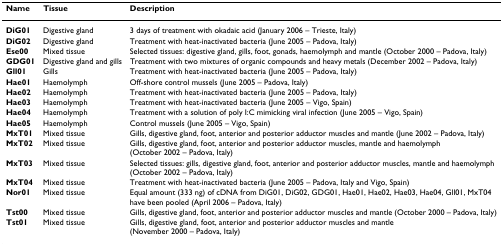
<table><thead><tr><td><b>Name</b></td><td><b>Tissue</b></td><td><b>Description</b></td></tr></thead><tbody><tr><td><b>DiG01</b></td><td>Digestive gland</td><td>3 days of treatment with okadaic acid (January 2006 – Trieste, Italy)</td></tr><tr><td><b>DiG02</b></td><td>Digestive gland</td><td>Treatment with heat-inactivated bacteria (June 2005 – Padova, Italy)</td></tr><tr><td><b>Ese00</b></td><td>Mixed tissue</td><td>Selected tissues: digestive gland, gills, foot, gonads, haemolymph and mantle (October 2000 – Padova, Italy)</td></tr><tr><td><b>GDG01</b></td><td>Digestive gland and gills</td><td>Treatment with two mixtures of organic compounds and heavy metals (December 2002 – Padova, Italy)</td></tr><tr><td><b>Gll01</b></td><td>Gills</td><td>Treatment with heat-inactivated bacteria (June 2005 – Padova, Italy)</td></tr><tr><td><b>Hae01</b></td><td>Haemolymph</td><td>Off-shore control mussels (June 2005 – Padova, Italy)</td></tr><tr><td><b>Hae02</b></td><td>Haemolymph</td><td>Treatment with heat-inactivated bacteria (June 2005 – Padova, Italy)</td></tr><tr><td><b>Hae03</b></td><td>Haemolymph</td><td>Treatment with heat-inactivated bacteria (June 2005 – Vigo, Spain)</td></tr><tr><td><b>Hae04</b></td><td>Haemolymph</td><td>Treatment with a solution of poly I:C mimicking viral infection (June 2005 – Vigo, Spain)</td></tr><tr><td><b>Hae05</b></td><td>Haemolymph</td><td>Control mussels (June 2005 – Vigo, Spain)</td></tr><tr><td><b>MxT01</b></td><td>Mixed tissue</td><td>Gills, digestive gland, foot, anterior and posterior adductor muscles and mantle (June 2002 – Padova, Italy)</td></tr><tr><td><b>MxT02</b></td><td>Mixed tissue</td><td>Gills, digestive gland, foot, anterior and posterior adductor muscles, mantle and haemolymph (October 2002 – Padova, Italy)</td></tr><tr><td><b>MxT03</b></td><td>Mixed tissue</td><td>Selected tissues: gills, digestive gland, foot, anterior and posterior adductor muscles, mantle and haemolymph (October 2002 – Padova, Italy)</td></tr><tr><td><b>MxT04</b></td><td>Mixed tissue</td><td>Treatment with heat-inactivated bacteria (June 2005 – Padova, Italy and Vigo, Spain)</td></tr><tr><td><b>Nor01</b></td><td>Mixed tissue</td><td>Equal amount (333 ng) of cDNA from DiG01, DiG02, GDG01, Hae01, Hae02, Hae03, Hae04, Gll01, MxT04 have been pooled (April 2006 – Padova, Italy)</td></tr><tr><td><b>Tst00</b></td><td>Mixed tissue</td><td>Gills, digestive gland, foot, anterior and posterior adductor muscles and mantle (October 2000 – Padova, Italy)</td></tr><tr><td><b>Tst01</b></td><td>Mixed tissue</td><td>Gills, digestive gland, foot, anterior and posterior adductor muscles and mantle (November 2000 – Padova, Italy)</td></tr></tbody></table>